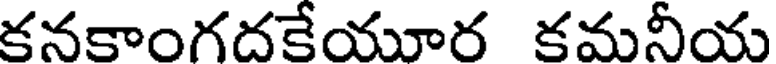
కనకాంగదకేయూర కమనీయ